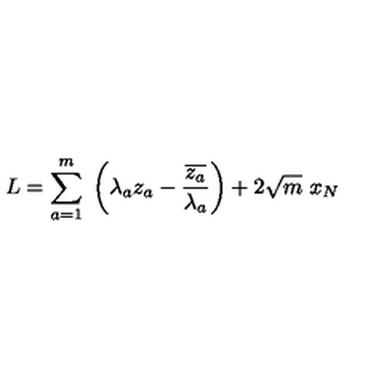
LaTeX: L = \sum _ { a = 1 } ^ { m } \ \left( \lambda _ { a } z _ { a } - \frac { \overline { { z _ { a } } } } { \lambda _ { a } } \right) + 2 \sqrt { m } \ x _ { N }